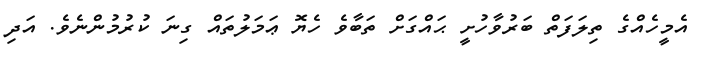
އެމީހެއްގެ ތިލަފަތް ބަރުވާހުށީ ޙައްގަށް ތަބާވެ ހެޔޮ ޢަމަލުތައް ގިނަ ކުރުމުންނެވެ. އަދި